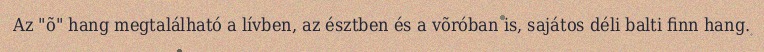
Az "õ" hang megtalálható a lívben, az észtben és a võróban is, sajátos déli balti finn hang.